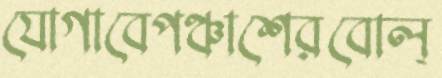
যোগাবেপঞ্চাশেরবোল্